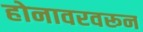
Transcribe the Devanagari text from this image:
होनावरवरून